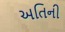
અતિની